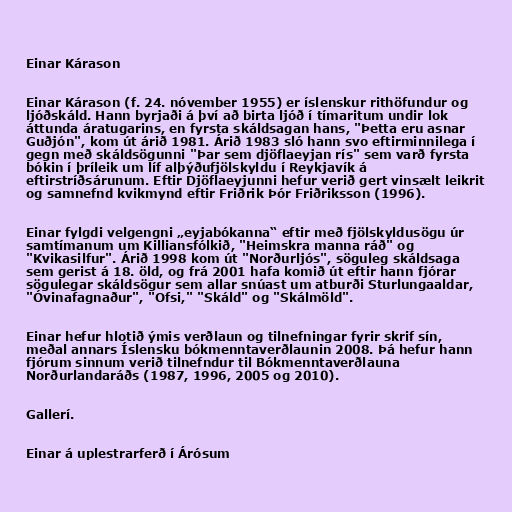
Einar Kárason

Einar Kárason (f. 24. nóvember 1955) er íslenskur rithöfundur og
ljóðskáld. Hann byrjaði á því að birta ljóð í tímaritum undir lok
áttunda áratugarins, en fyrsta skáldsagan hans, "Þetta eru asnar
Guðjón", kom út árið 1981. Árið 1983 sló hann svo eftirminnilega í
gegn með skáldsögunni "Þar sem djöflaeyjan rís" sem varð fyrsta
bókin í þríleik um líf alþýðufjölskyldu í Reykjavík á
eftirstríðsárunum. Eftir Djöflaeyjunni hefur verið gert vinsælt leikrit
og samnefnd kvikmynd eftir Friðrik Þór Friðriksson (1996).

Einar fylgdi velgengni „eyjabókanna“ eftir með fjölskyldusögu úr
samtímanum um Killiansfólkið, "Heimskra manna ráð" og
"Kvikasilfur". Árið 1998 kom út "Norðurljós", söguleg skáldsaga
sem gerist á 18. öld, og frá 2001 hafa komið út eftir hann fjórar
sögulegar skáldsögur sem allar snúast um atburði Sturlungaaldar,
"Óvinafagnaður", "Ofsi," "Skáld" og "Skálmöld".

Einar hefur hlotið ýmis verðlaun og tilnefningar fyrir skrif sín,
meðal annars Íslensku bókmenntaverðlaunin 2008. Þá hefur hann
fjórum sinnum verið tilnefndur til Bókmenntaverðlauna
Norðurlandaráðs (1987, 1996, 2005 og 2010).

Gallerí.

Einar á uplestrarferð í Árósum